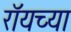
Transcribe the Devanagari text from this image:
रॉयच्या